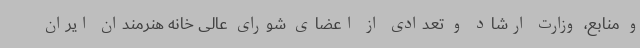
و منابع، وزارت ارشاد و تعدادی از اعضای شورای عالی خانه هنرمندان ایران